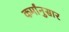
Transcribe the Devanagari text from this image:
कर्मांनुसार